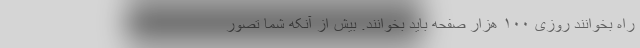
راه بخوانند روزی ۱۰۰ هزار صفحه باید بخوانند. بیش از آنکه شما تصور